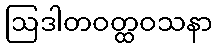
ဩဒါတဝတ္ထဝသနာ